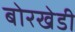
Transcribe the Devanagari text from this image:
बोरखेडी